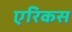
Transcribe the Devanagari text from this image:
एरिकस